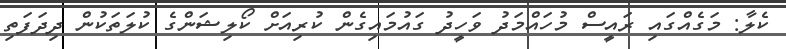
ކެލާ: މަގެއްގައި ރައީސް މުހައްމަދު ވަހީދު ގައުމައިގެން ކުރިއަށް ކޯލިޝަންގެ ކުލަތަކުން ދިދަފަތި